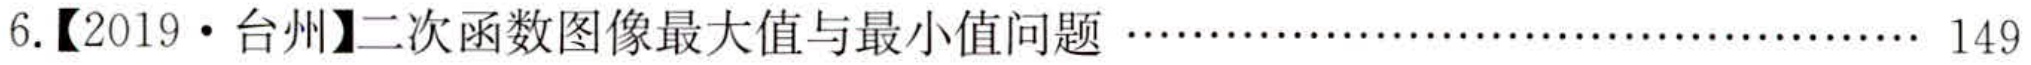
6.【2019 \cdot 台州】二次函数图像最大值与最小值问题 \ldots\ldots\ldots\ldots\ldots\ldots\ldots\ldots\ldots\ldots\ldots\ldots\ldots\ldots 149